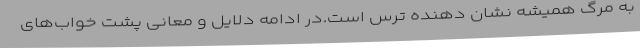
به مرگ همیشه نشان دهنده ترس است.در ادامه دلایل و معانی پشت خواب‌های